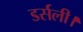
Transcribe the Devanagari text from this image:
डर्सली।